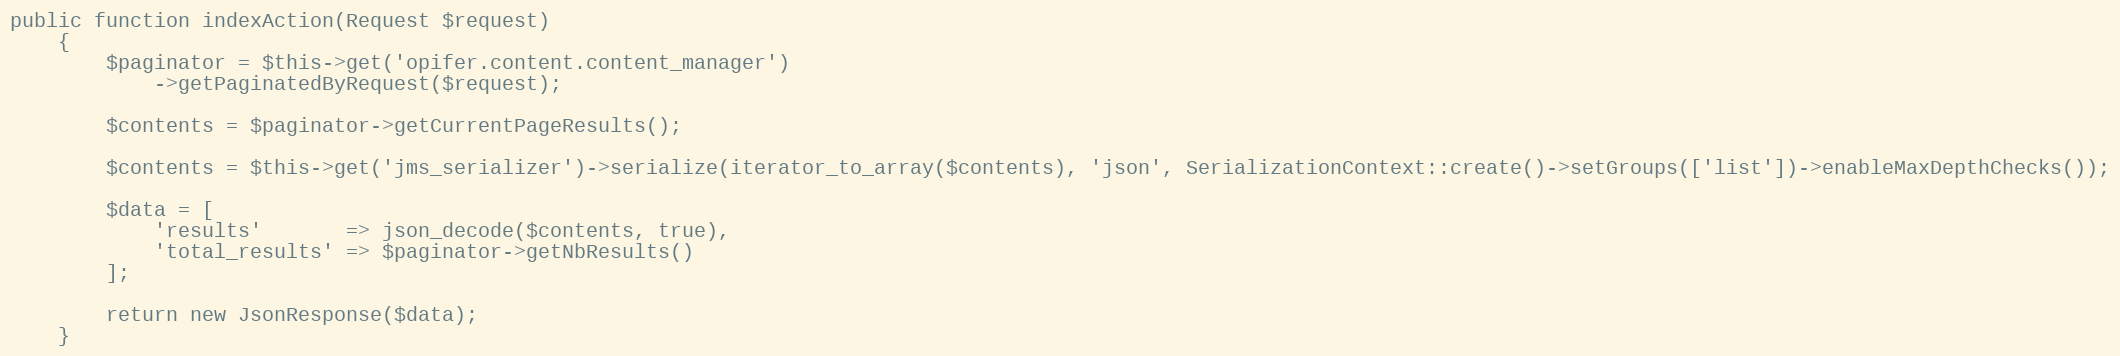
Language: PHP
public function indexAction(Request $request)
    {
        $paginator = $this->get('opifer.content.content_manager')
            ->getPaginatedByRequest($request);

        $contents = $paginator->getCurrentPageResults();

        $contents = $this->get('jms_serializer')->serialize(iterator_to_array($contents), 'json', SerializationContext::create()->setGroups(['list'])->enableMaxDepthChecks());

        $data = [
            'results'       => json_decode($contents, true),
            'total_results' => $paginator->getNbResults()
        ];

        return new JsonResponse($data);
    }